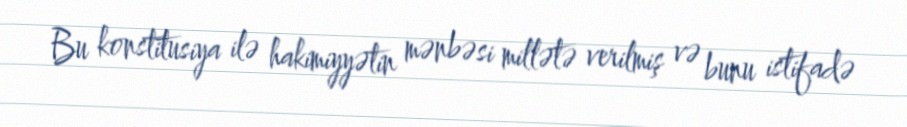
Bu konstitusiya ilə hakimiyyətin mənbəsi millətə verilmiş və bunu istifadə